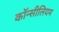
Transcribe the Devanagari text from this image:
कॉन्सीलियम